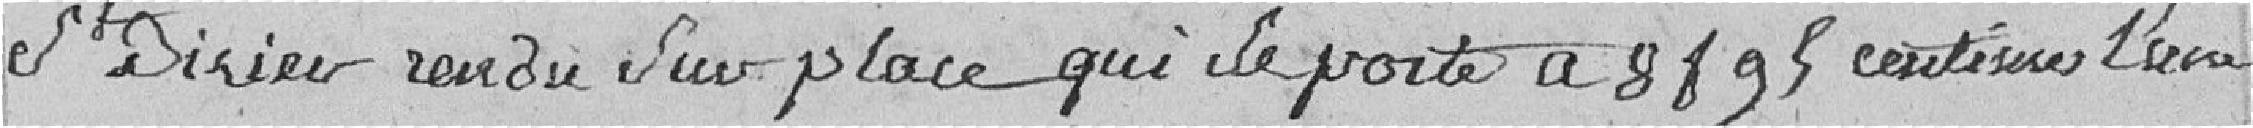
St DIZIER rendu sur place qui le porte a 8 francs 98 centimes l'une